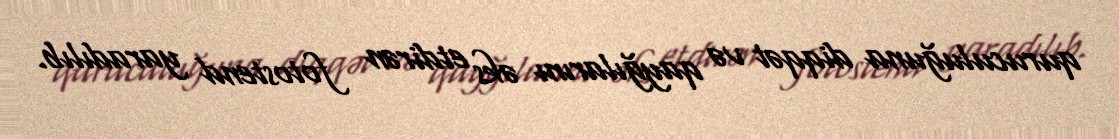
quruculuğuna diqqət və qayğılarını əks etdirən fotostend yaradılıb.